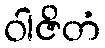
ဝါဇိတံ